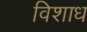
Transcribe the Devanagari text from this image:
विशाध